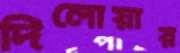
দিলোয়ার